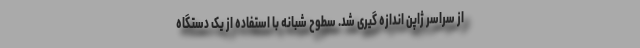
از سراسر ژاپن اندازه گیری شد. سطوح شبانه با استفاده از یک دستگاه